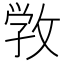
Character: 敩